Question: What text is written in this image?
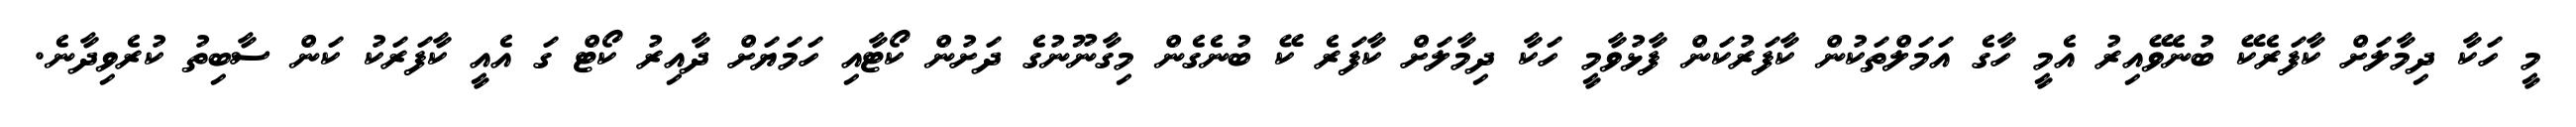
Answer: މީ ހަކާ ދިމާލަށް ކާފަރެކޭ ބުނެވޭއިރު އެމީ ހާގެ އަމަލްތަކުން ކާފަރުކަން ފާޅުވާމީ ހަކާ ދިމާލަށް ކާފަރެ ކޭ ބުނެގެން މިގާނޫނުގެ ދަށުން ކޯޓާއި ހަމަޔަށް ދާއިރު ކޯޓް ގަ އެއީ ކާފަރަކު ކަން ސާބިތު ކުރެވިދާނެ.